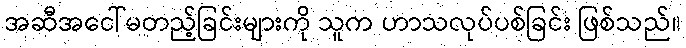
အဆီအငေါ်မတည့်ခြင်းများကို သူက ဟာသလုပ်ပစ်ခြင်း ဖြစ်သည်။